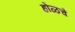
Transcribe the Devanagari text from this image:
होळचे